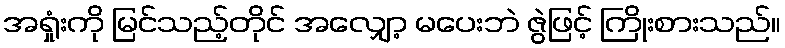
အရှုံးကို မြင်သည့်တိုင် အလျှော့ မပေးဘဲ ဇွဲဖြင့် ကြိုးစားသည်။